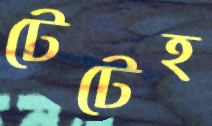
টেটেহ